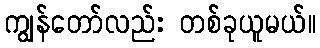
ကျွန်တော်လည်း တစ်ခုယူမယ်။